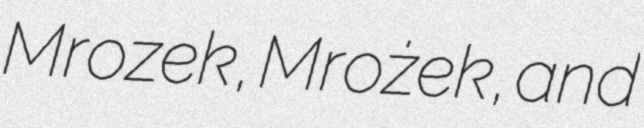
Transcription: Mrozek, Mrożek, and